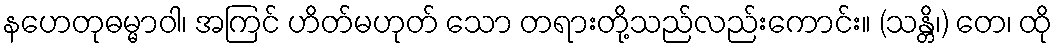
နဟေတုဓမ္မာဝါ၊ အကြင် ဟိတ်မဟုတ် သော တရားတို့သည်လည်းကောင်း။ (သန္တိ၊) တေ၊ ထို